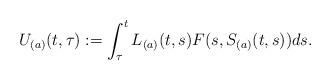
LaTeX: \begin{align*}U_{(a)}(t,\tau):= \int_\tau^t L_{(a)}(t,s)F(s,S_{(a)}(t,s) ) ds.\end{align*}